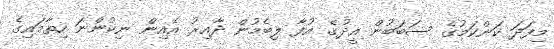
މިފަދަ ކަންކަމުގެ ސަބަބުން އީދުގެ އުފާ ލިބެމުން ދާއިރު އެއިން ނިކުންނަ ހިތާމައިގެ